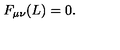
F _ { \mu \nu } ( L ) = 0 .